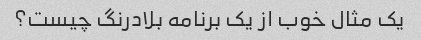
یک مثال خوب از یک برنامه بلادرنگ چیست؟